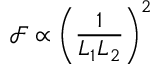
\mathcal { F } \propto \left( \frac { 1 } { L _ { 1 } L _ { 2 } } \right) ^ { 2 }